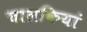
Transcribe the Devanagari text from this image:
चालकियां